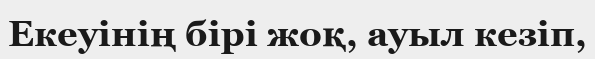
Екеуінің бірі жоқ, ауыл кезіп,